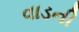
વાડની